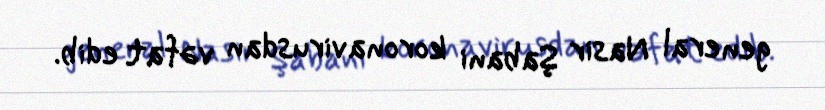
general Nasir Şabani koronavirusdan vəfat edib.